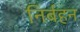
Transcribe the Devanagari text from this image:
निर्बहन